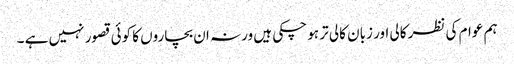
ہم عوام کی نظر کالی اور زبان کالی تر ہو چکی ہیں ورنہ ان بچاروں کا کوئی قصور نہیں ہے ۔